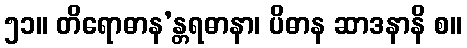
၅၁။ တိရောဓာန’န္တရဓာနာ၊ ပိဓာန ဆာဒနာနိ စ။